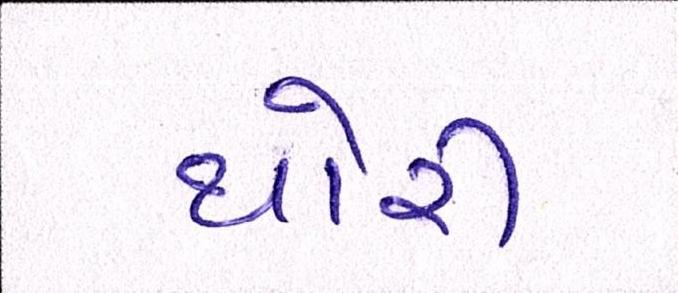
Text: થોરી